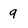
Character: q